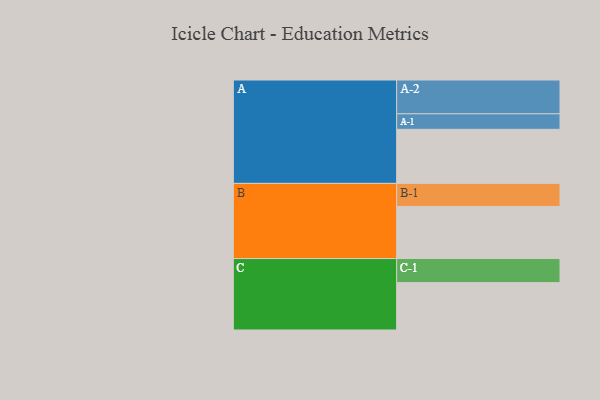
{"axis": {"x": "Segment", "y": "Value"}, "legend": ["", "A", "B", "C"], "data": [{"x": "A", "y": 467, "type": ""}, {"x": "B", "y": 450, "type": ""}, {"x": "C", "y": 409, "type": ""}, {"x": "A-1", "y": 134, "type": "A"}, {"x": "A-2", "y": 292, "type": "A"}, {"x": "B-1", "y": 199, "type": "B"}, {"x": "C-1", "y": 208, "type": "C"}]}